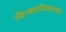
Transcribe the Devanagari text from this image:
विश्वामित्राच्या